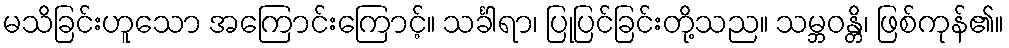
မသိခြင်းဟူသော အကြောင်းကြောင့်။ သင်္ခါရာ၊ ပြုပြင်ခြင်းတို့သည။ သမ္ဘဝန္တိ၊ ဖြစ်ကုန်၏။